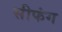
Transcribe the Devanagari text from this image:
सीफंग